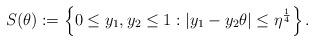
LaTeX: \begin{align*} S(\theta):=\left\{0\leq y_1,y_2\leq 1:|y_1-y_2\theta|\leq \eta^{\frac{1}{4}}\right\}.\end{align*}